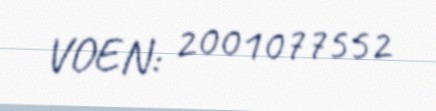
VOEN: 2001077552